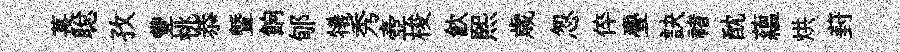
萇聪孜豐桃恭曁餉郇犧秀壺梭飮熙歳怱倅亹訣禇酖藴烘葑